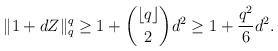
LaTeX: \begin{align*} \|1+dZ\|_{q}^{q} \ge 1 + \binom{\lfloor q \rfloor}{2} d^2 \ge 1 + \frac{q^2}{6} d^2. \end{align*}